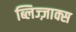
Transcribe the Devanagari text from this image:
ब्लिज्ज़ाक्स